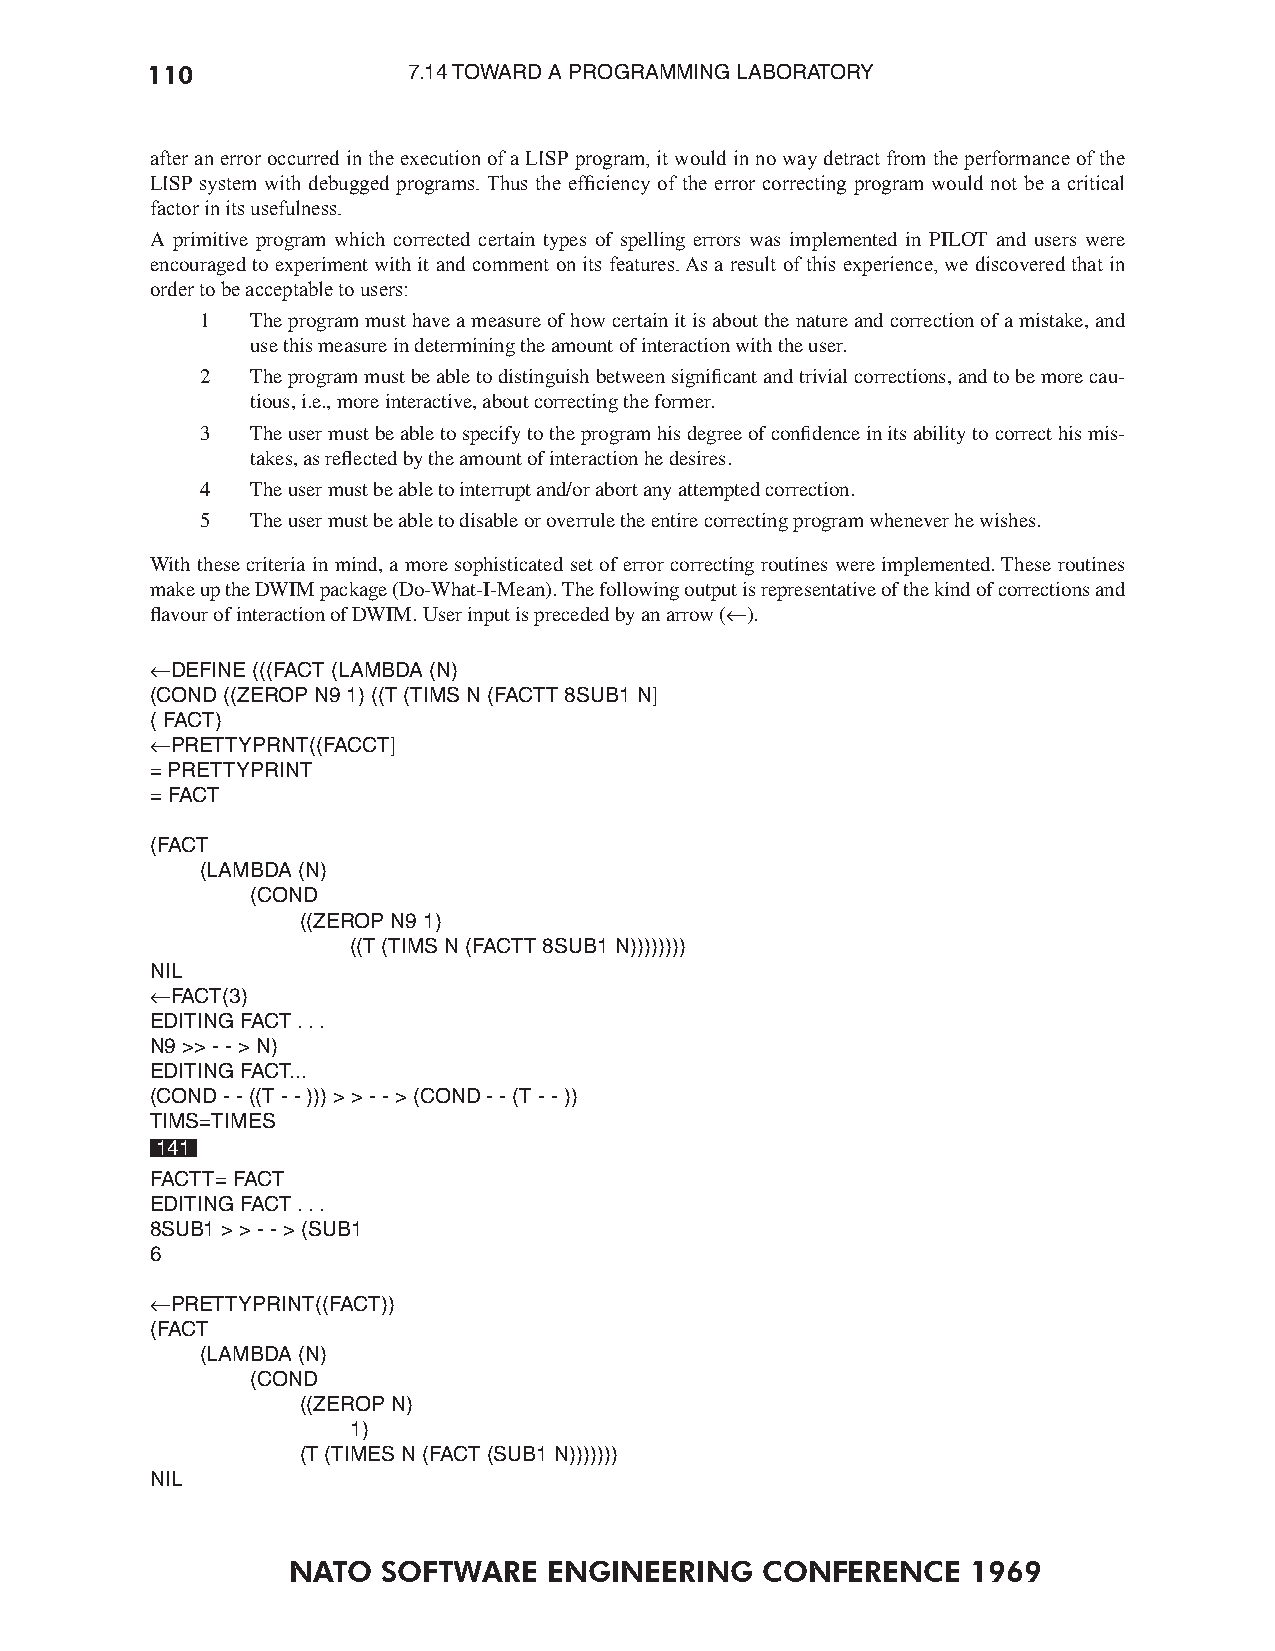
110              7.14 TOWARD A PROGRAMMING LABORATORY
 after an error occurred in the execution of a LISP program, it would in no way detract from the performance of the
 LISP system with debugged programs. Thus the efciency of the error correcting program would not be a critical
 factor in its usefulness.
 A primitive program which corrected certain types of spelling errors was implemented in PILOT and users were
 encouraged to experiment with it and comment on its features. As a result of this experience, we discovered that in
 order to be acceptable to users:
 1   The program must have a measure of how certain it is about the nature and correction of a mistake, and
 use this measure in determining the amount of interaction with the user.
 2   The program must be able to distinguish between significant and trivial corrections, and to be more cau-
 tious, i.e., more interactive, about correcting the former.
 3   The user must be able to specify to the program his degree of confidence in its ability to correct his mis-
 takes, as reflected by the amount of interaction he desires.
 4   The user must be able to interrupt and/or abort any attempted correction.
 5   The user must be able to disable or overrule the entire correcting program whenever he wishes.
 With these criteria in mind, a more sophisticated set of error correcting routines were implemented. These routines
 make up the DWIM package (Do-What-I-Mean). The following output is representative of the kind of corrections and
 flavour of interaction of DWIM. User input is preceded by an arrow (←).
 ←DEFINE (((FACT (LAMBDA (N)
 (COND ((ZEROP N9 1) ((T (TIMS N (FACTT 8SUB1 N]
 ( FACT)
 ←PRETTYPRNT((FACCT]
 = PRETTYPRINT
 = FACT
 (FACT
 (LAMBDA (N)
 (COND
 ((ZEROP N9 1)
 ((T (TIMS N (FACTT 8SUB1 N))))))))
 NIL
 ←FACT(3)
 EDITING FACT . . .
 N9 >> - - > N)
 EDITING FACT...
 (COND - - ((T - - ))) > > - - > (COND - - (T - - ))
 TIMS=TIMES
 141
 FACTT= FACT
 EDITING FACT . . .
 8SUB1 > > - - > (SUB1
 6
 ←PRETTYPRINT((FACT))
 (FACT
 (LAMBDA (N)
 (COND
 ((ZEROP N)
 1)
 (T (TIMES N (FACT (SUB1 N)))))))
 NIL
 NATO  SOFTWARE   ENGINEERING   CONFERENCE    1969